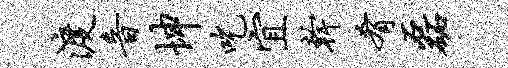
渡音坤吃宜干肴磊